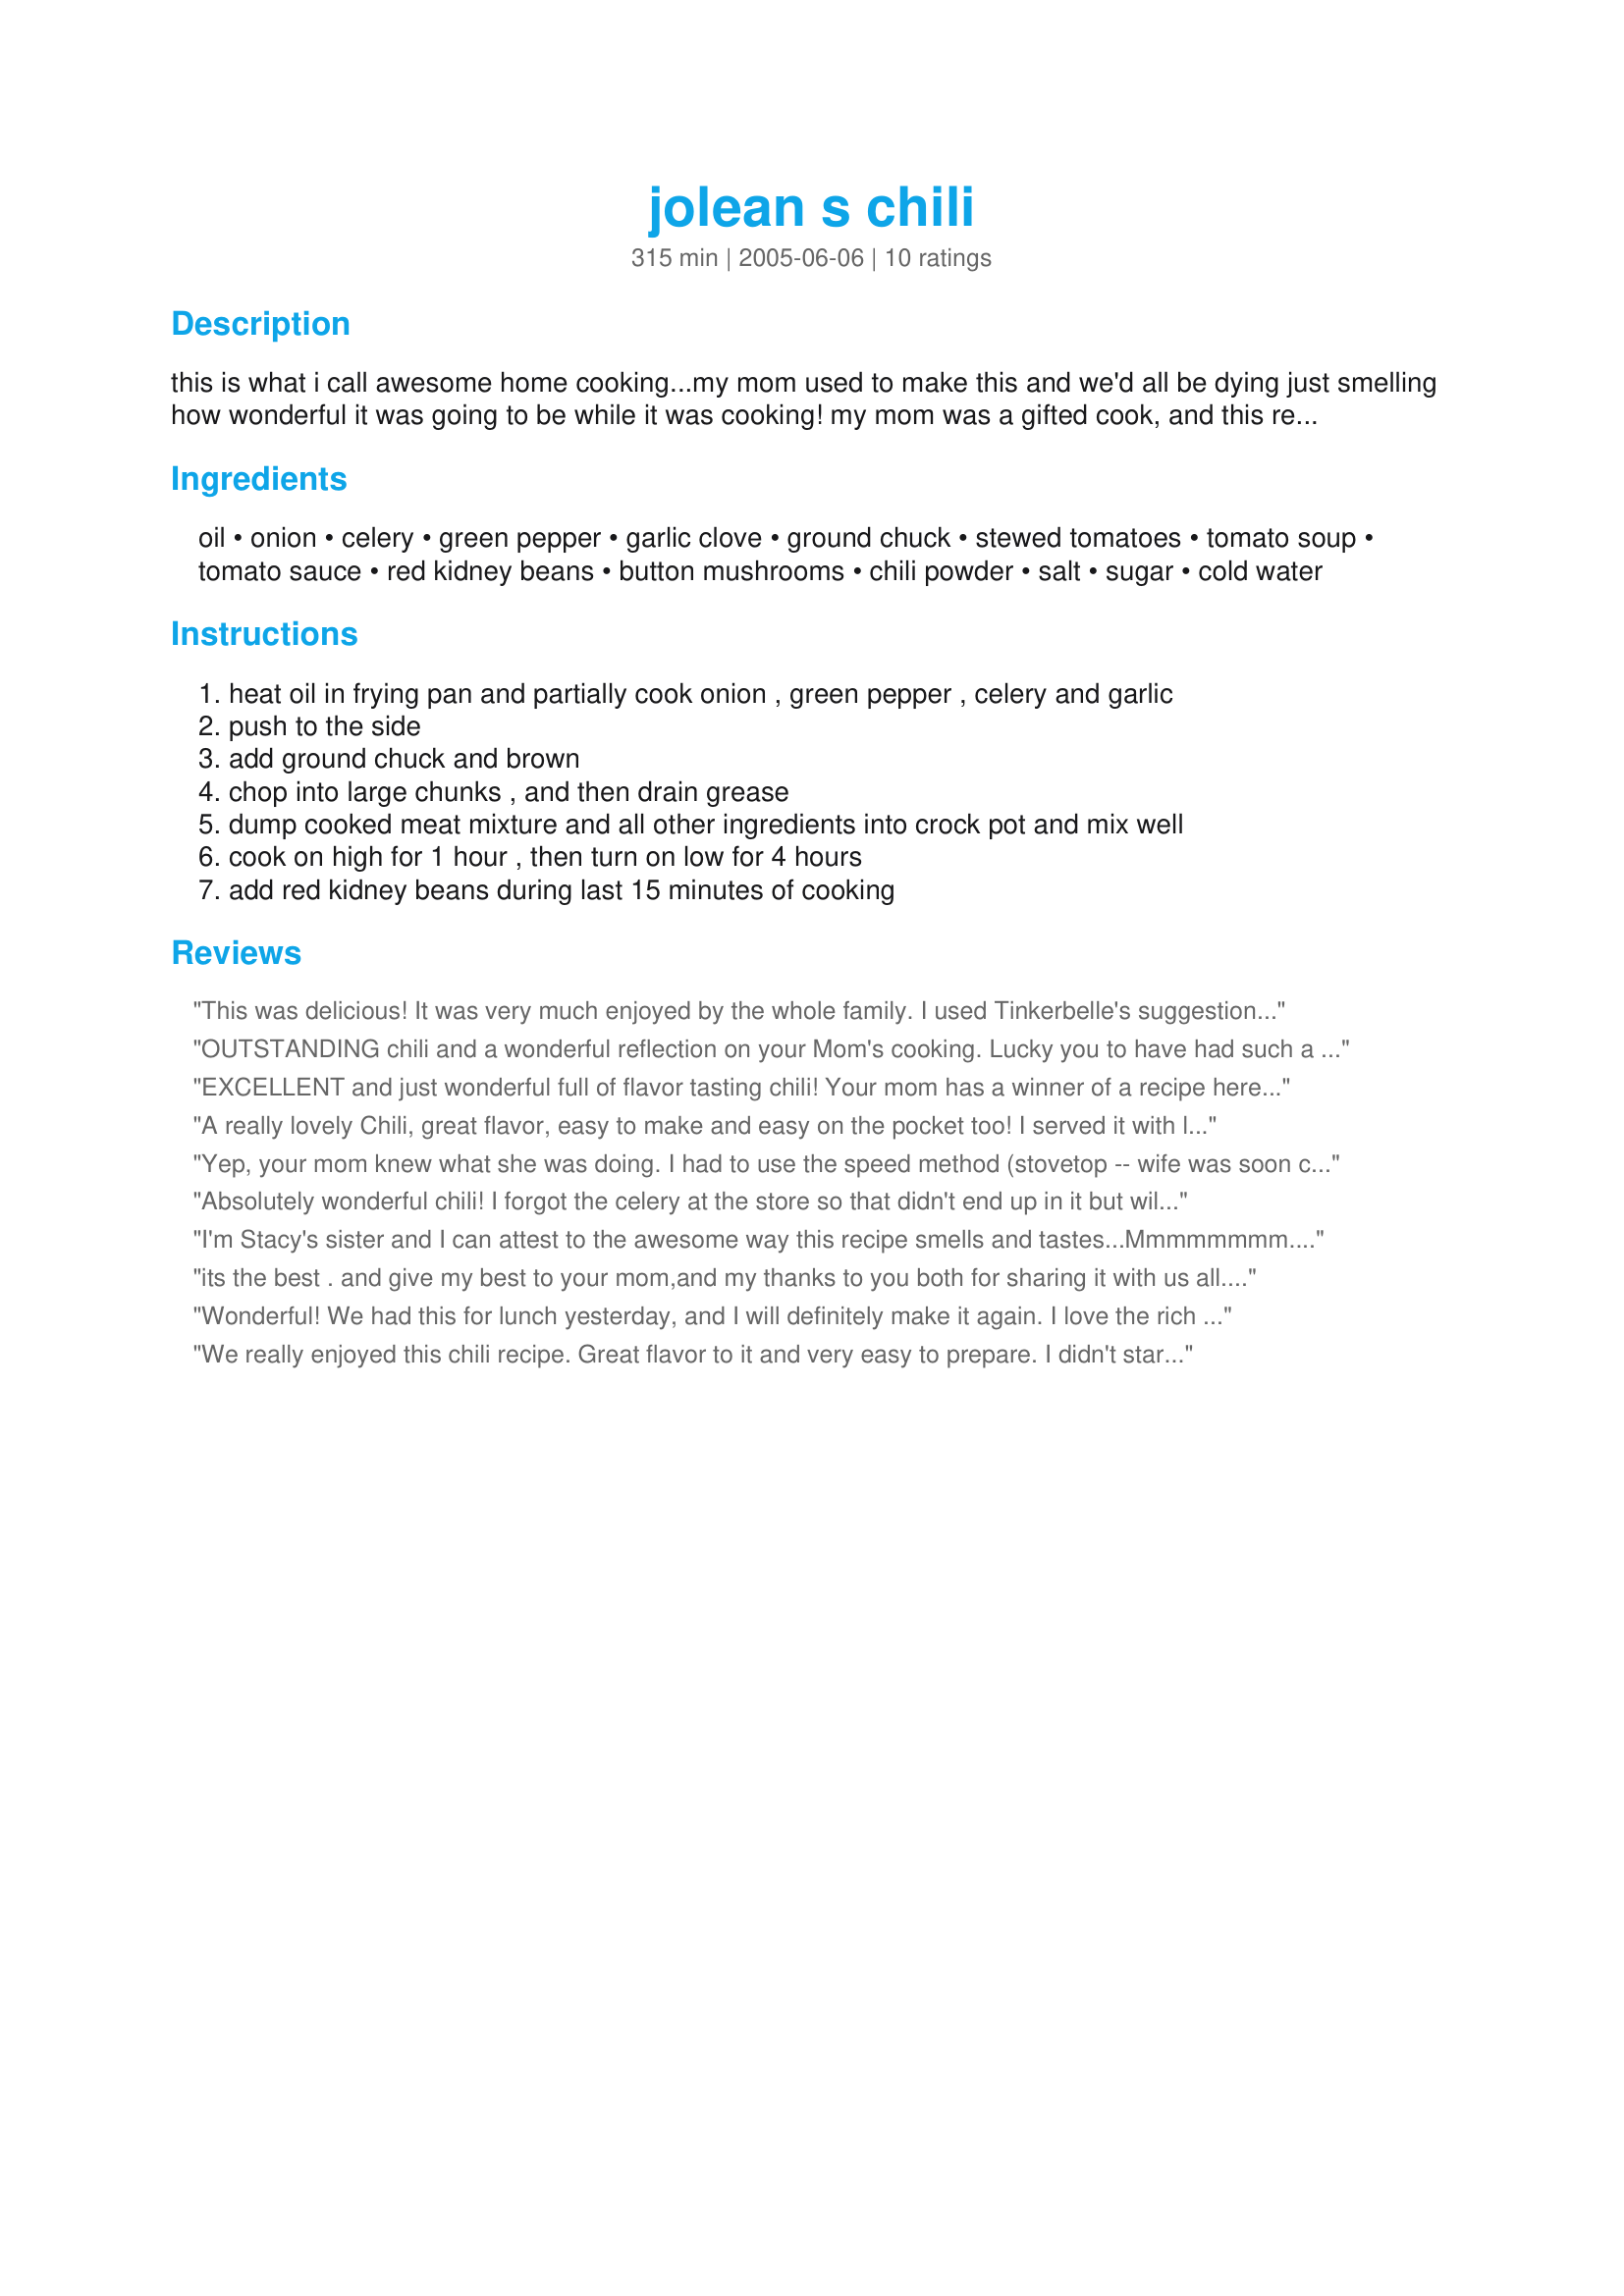
jolean s chili
Preparation time: 315 minutes

this is what i call awesome home cooking...my mom used to make this and we'd all be dying just smelling how wonderful it was going to be while it was cooking! my mom was a gifted cook, and this recipe just might prove it...yum!

Ingredients:
oil, onion, celery, green pepper, garlic clove, ground chuck, stewed tomatoes, tomato soup, tomato sauce, red kidney beans, button mushrooms, chili powder, salt, sugar, cold water

Steps:
heat oil in frying pan and partially cook onion , green pepper , celery and garlic
push to the side
add ground chuck and brown
chop into large chunks , and then drain grease
dump cooked meat mixture and all other ingredients into crock pot and mix well
cook on high for 1 hour , then turn on low for 4 hours
add red kidney beans during last 15 minutes of cooking

Reviews:
This was delicious! It was very much enjoyed by the whole family. I used Tinkerbelle's suggestion and served it over spaghetti noodles with garlic cheesy bread on the side. I topped the spaghetti with shredded cheddar cheese.....it was sooooo good. I added a tablespoon Worcestershire sauce, a bay leaf, and a teaspoon each of dried oregano and basil and some fresh cracked black pepper and a pinch of crushed red pepper flakes to the recipe.I will use this for chili spaghetti all the time! R.I.P. Stacey, thanks for posting all these treasured wonderful recipes!
OUTSTANDING chili and a wonderful reflection on your Mom's cooking. Lucky you to have had such a great cook in the house and lucky us for getting this recipe! I did make some changes based on what I had on hand, omitting the soup and mushrooms, but I can tell they'd be great additions and will make sure to have them handy next time. And there WILL BE a next time. Several! I served it with cornbread muffins which paled in comparison. Thanks so much, Stacy, for a great keeper!
EXCELLENT and just wonderful full of flavor tasting chili! Your mom has a winner of a recipe here! Thanks for posting and thanks to your mom to Stacky5LRC....
A really lovely Chili, great flavor, easy to make and easy on the pocket too!

I served it with lots of crisp salads and crackers. thanks for posting
Yep, your mom knew what she was doing. I had to use the speed method (stovetop -- wife was soon coming home from work hungry and I much fear "she who must be obeyed"), and I confess that I added 20 oz. of water and 20 oz. of chicken stock because I can't abide thick chili -- but the great flavor held up to my reckless machinations. I doubled the recipe and at the very end, it seemed to need a little salt (I like salt) so I tossed in a tsp. of Lowry's seasoned salt and it was just right for me. I will freeze some of this and I will make it again. Thanks, Stacky, for a super traditional-type chili.
Absolutely wonderful chili! I forgot the celery at the store so that didn't end up in it but will not hesitate to add it next time. I combed this site for 3 hours looking for just the right chili and am so glad I picked this recipe. My picky husband loved it (rare for him) as well as I. Only substitution made was the kidney beans. What I had in the cupboard was way past the expiration date (which I found out at the last minute) so I used black beans which ended up being just as superb. Thank you very much for this 10 star recipe!! Note: this is a suber tasty base recipe. If you like hot chili you may need to adjust the heat level a bit up. Don't hesistate to give it a try thought as it's very very good!
I'm Stacy's sister and I can attest to the awesome way this recipe smells and tastes...Mmmmmmmm....
its the best . and give my best to your mom,and my thanks to you both for sharing it with us all. any more of moms recipes, i would love to try. tks debbie.
Wonderful! We had this for lunch yesterday, and I will definitely make it again. I love the rich tomato flavor of this chili! I didn't have mushrooms on hand, so I just left those out. I also added 1 t cayenne pepper. Thank you for sharing the recipe for your mom's fabulous chili!
We really enjoyed this chili recipe. Great flavor to it and very easy to prepare. I didn't start in time to use the crock pot, so I let it simmer for about 2 hours on the stove. Delish! I served it over spaghetti noodles (as I do most often with chili) & garlic sourdough toast on the side. Made in remembrance of Stacy.
